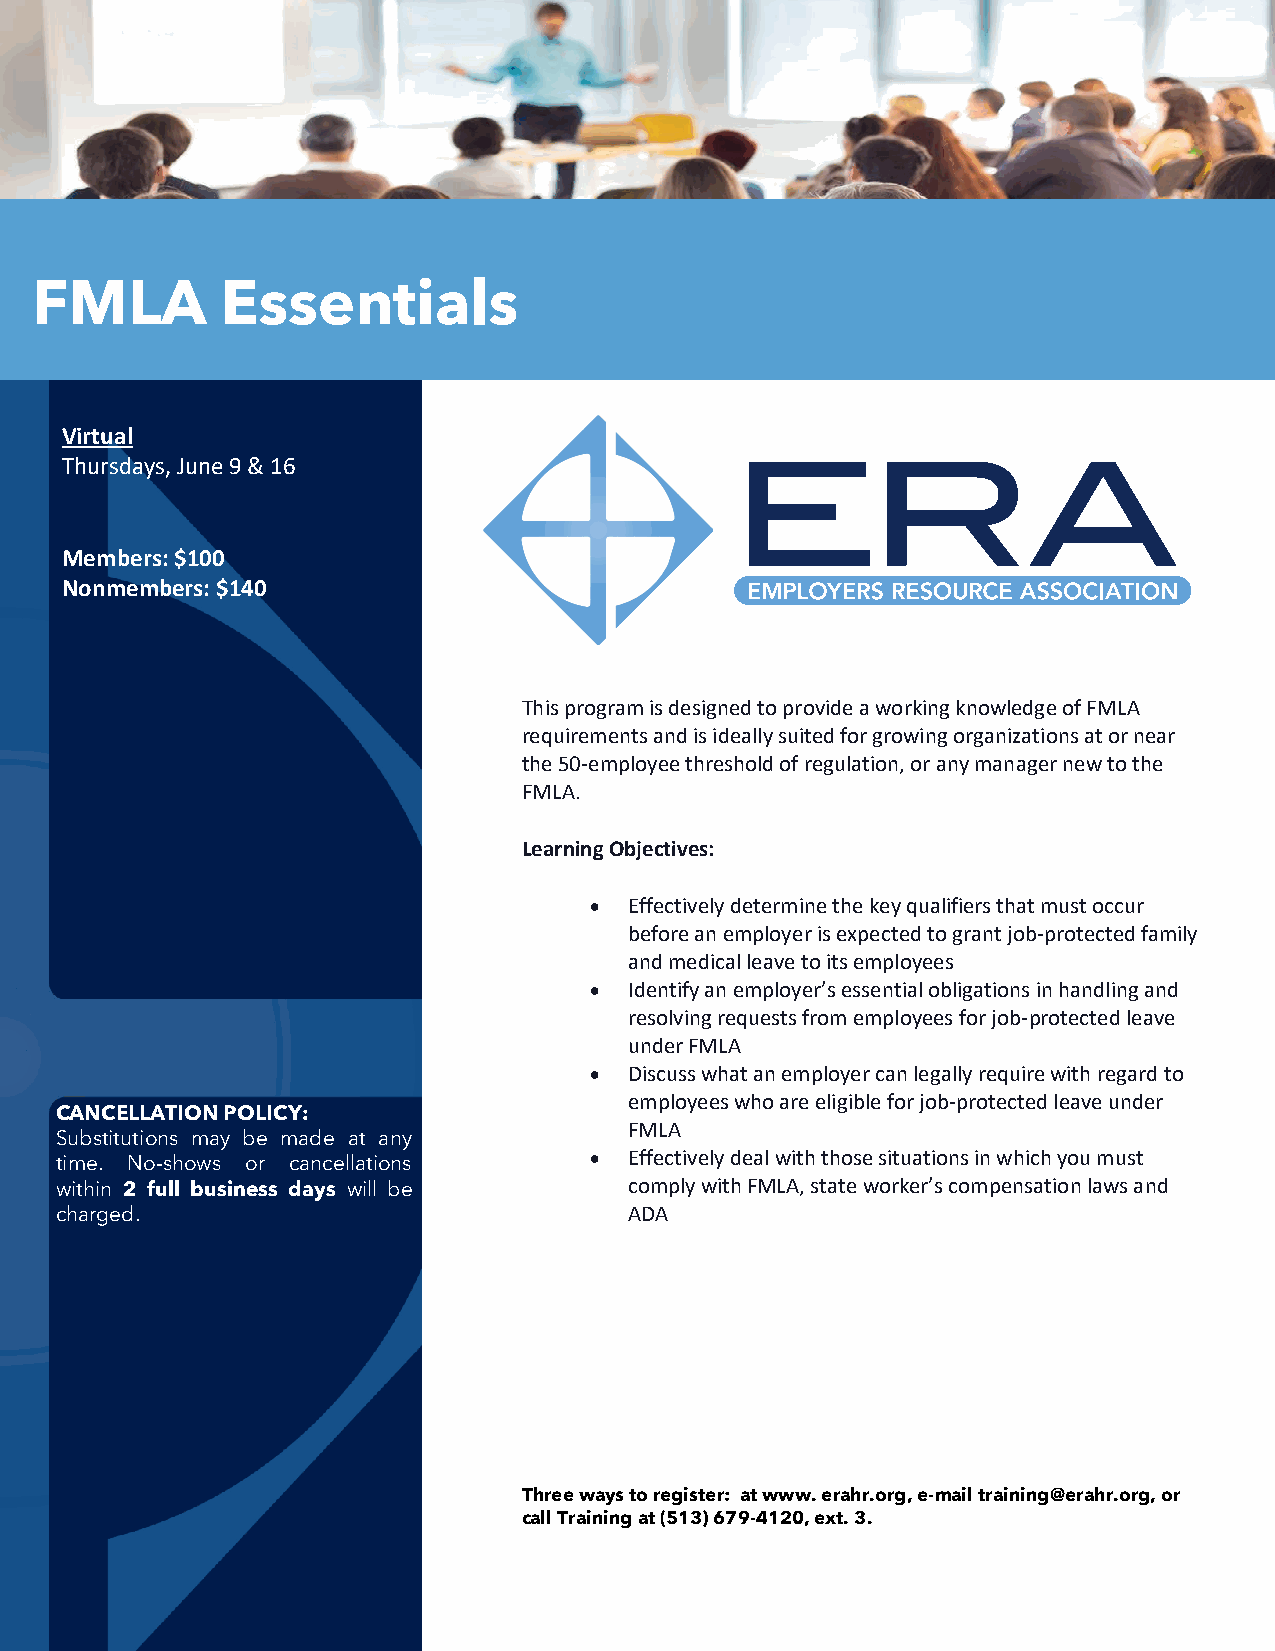
FMLA         Essentials
 Virtual
 Thursdays, June 9 & 16
 Members: $100
 Nonmembers: $140
 This program is designed to provide a working knowledge of FMLA
 requirements and is ideally suited for growing organizations at or near
 the 50-employee threshold of regulation, or any manager new to the
 FMLA.
 Learning Objectives:
 •  Effectively determine the key qualifiers that must occur
 before an employer is expected to grant job-protected family
 and medical leave to its employees
 •  Identify an employer’s essential obligations in handling and
 resolving requests from employees for job-protected leave
 under FMLA
 •  Discuss what an employer can legally require with regard to
 employees who are eligible for job-protected leave under
 CANCELLATION POLICY:
 FMLA
 Substitutions may be made at any
 time. No-shows or cancellations    •  Effectively deal with those situations in which you must
 within 2 full business days will be   comply with FMLA, state worker’s compensation laws and
 charged.                              ADA
 Three ways to register: at www. erahr.org, e-mail training@erahr.org, or
 call Training at (513) 679-4120, ext. 3.